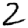
Digit: 2